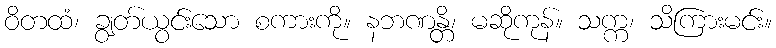
ဝိတထံ၊ ချွတ်ယွင်းသော စကားကို။ နဘဏန္တိ၊ မဆိုကုန်။ သက္က၊ သိကြားမင်း။